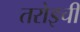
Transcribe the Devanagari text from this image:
तरोइची